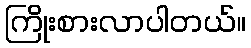
ကြိုးစားလာပါတယ်။